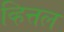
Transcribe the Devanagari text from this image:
व्हित्तल